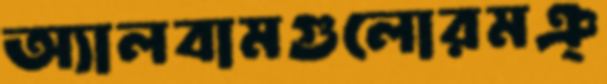
অ্যালবামগুলোরমঞ্